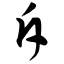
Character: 斥